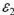
图30-26